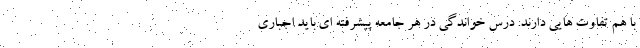
با هم تفاوت هایی دارند. درس خواندگی در هر جامعه پیشرفته ای باید اجباری